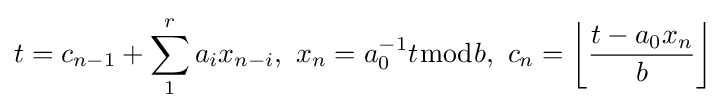
t=c_{n-1}+\sum _{1}^{r}a_{i}x_{n-i},\ x_{n}=a_{0}^{-1}t{\bmod {b}},\ c_{n}=\left\lfloor {\frac {t-a_{0}x_{n}}{b}}\right\rfloor